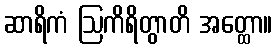
ဆာရိကံ ဩကိရိတွာတိ အတ္ထော။